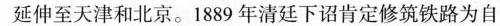
延伸至天津和北京。1889年清廷下诏肯定修筑铁路为自